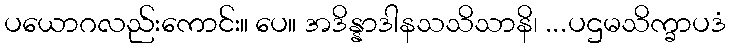
ပယောဂလည်းကောင်း။ ပေ။ အဒိန္နာဒါနသသိသာနိ၊ ...ပဌမသိက္ခာပဒံ